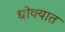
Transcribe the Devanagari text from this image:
धोक्‍यात